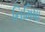
નિમિષા